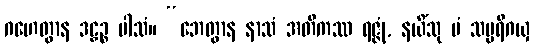
ဂဟေတွာန ဒဠှဉ္စ ပါသံ။ “ဘေတွာန နာသံ အတိကဿ ရဇ္ဇုံ, နယိံသု မံ သမ္ပရိဂယှ